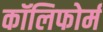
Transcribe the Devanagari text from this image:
कॉलिफोर्म